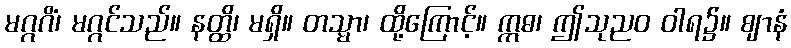
မဂ္ဂဂိံ၊ မဂ္ဂင်သည်။ နတ္ထိ၊ မရှိ။ တသ္မာ၊ ထို့ကြောင့်။ ဣဓ၊ ဤသုညဝ ဝါရ၌။ ဈာနံ